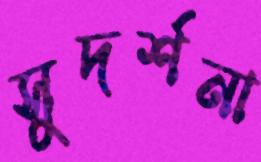
সুদর্শনা